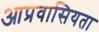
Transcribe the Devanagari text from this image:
आप्रवासियता